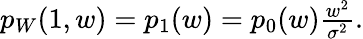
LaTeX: \begin{array}{r}{p_{W}(1,w)=p_{1}(w)=p_{0}(w)\frac{w^{2}}{\sigma^{2}}.}\end{array}